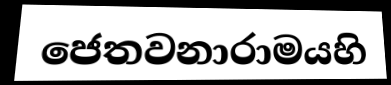
ජෙතවනාරාමයහි